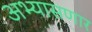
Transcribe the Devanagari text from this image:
अभ्यासणार